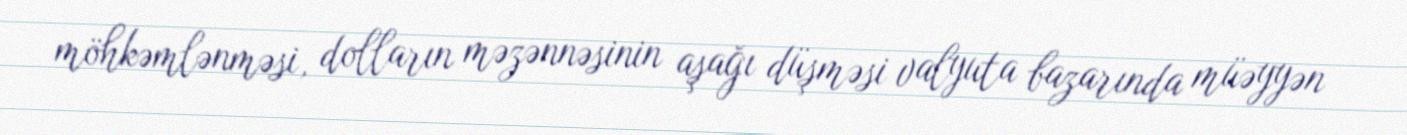
möhkəmlənməsi, dolların məzənnəsinin aşağı düşməsi valyuta bazarında müəyyən